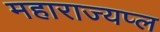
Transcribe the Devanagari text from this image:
महाराज्यप्ल